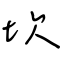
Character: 坎